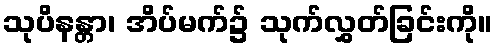
သုပိနန္တာ၊ အိပ်မက်၌ သုက်လွှတ်ခြင်းကို။